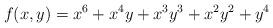
LaTeX: \begin{align*} f(x,y) = x^6 + x^4y + x^3y^3 + x^2y^2 + y^4\end{align*}